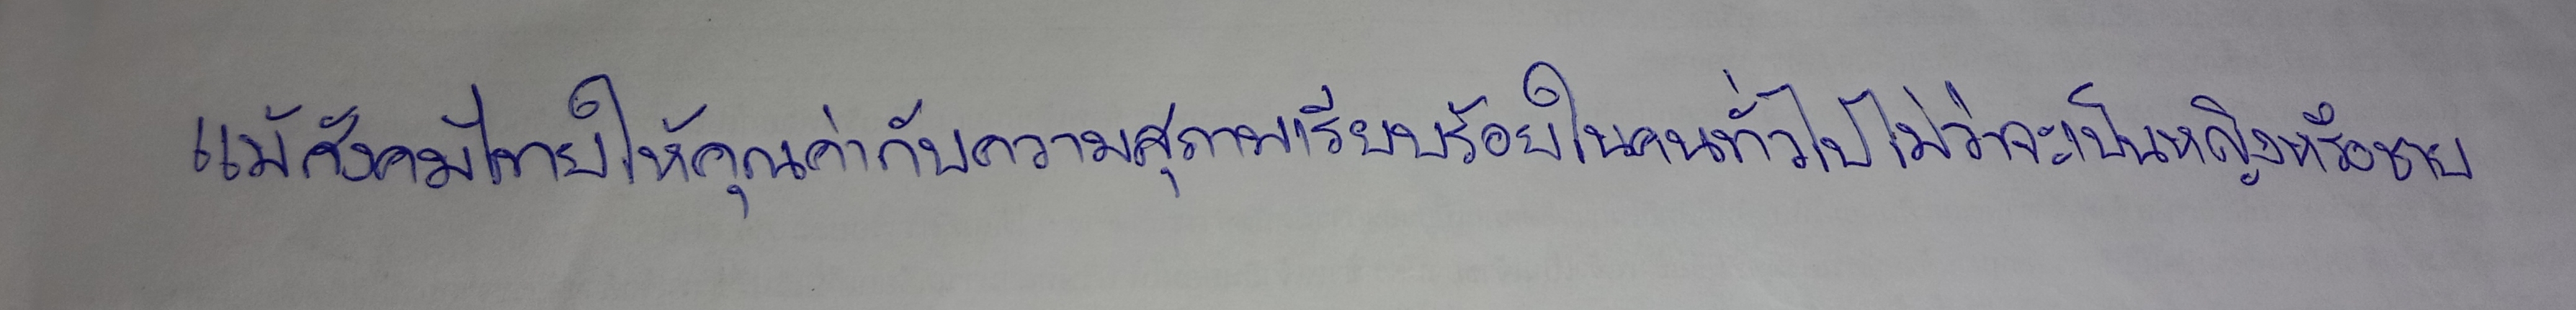
แม้สังคมไทยให้คุณค่ากับความสุภาพเรียบร้อยในคนทั่วไปไม่ว่าจะเป็นหญิงหรือชาย